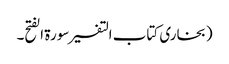
(بخاری کتاب التفسیر سورۃ الفتح۔